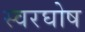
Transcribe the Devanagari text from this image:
स्वरघोष